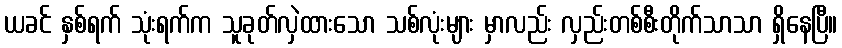
ယခင် နှစ်ရက် သုံးရက်က သူခုတ်လှဲထားသော သစ်လုံးများ မှာလည်း လှည်းတစ်စီးတိုက်သာသာ ရှိနေပြီ။